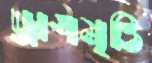
ড্রাগমৃত্তি